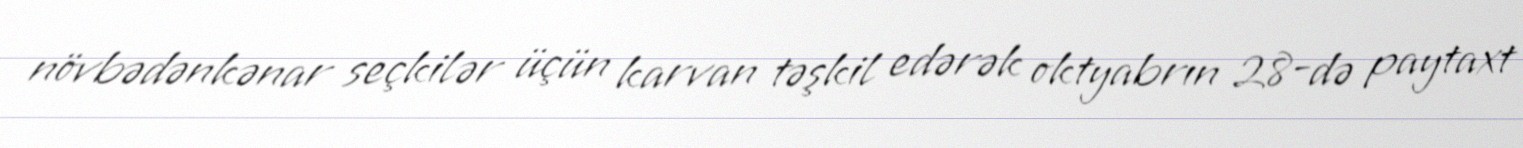
növbədənkənar seçkilər üçün karvan təşkil edərək oktyabrın 28-də paytaxt